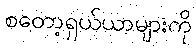
စတော့ရှယ်ယာများကို